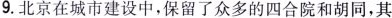
9.北京在城市建设中，保留了众多的四合院和胡同，其